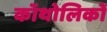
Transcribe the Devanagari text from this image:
कॉथोलिकों